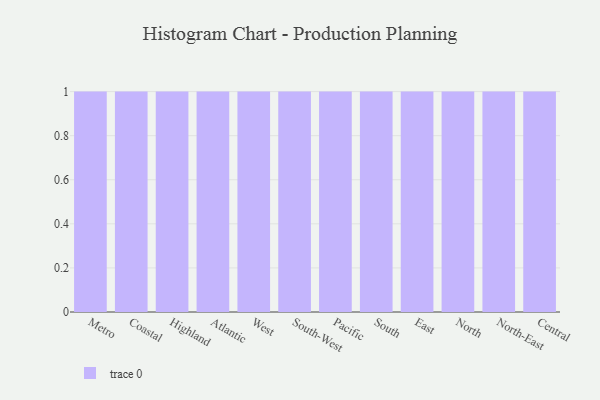
{"axis": {"x": "Region", "y": "Satisfaction Score"}, "legend": [""], "data": [{"x": "Metro", "y": 63, "type": ""}, {"x": "Coastal", "y": 26, "type": ""}, {"x": "Highland", "y": 94, "type": ""}, {"x": "Atlantic", "y": 58, "type": ""}, {"x": "West", "y": 28, "type": ""}, {"x": "South-West", "y": 47, "type": ""}, {"x": "Pacific", "y": 62, "type": ""}, {"x": "South", "y": 2, "type": ""}, {"x": "East", "y": 55, "type": ""}, {"x": "North", "y": 2, "type": ""}, {"x": "North-East", "y": 22, "type": ""}, {"x": "Central", "y": 59, "type": ""}]}